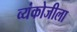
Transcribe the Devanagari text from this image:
व्यंकोजीला